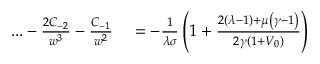
\begin{array} { r l } { . . . - \frac { 2 C _ { - 2 } } { w ^ { 3 } } - \frac { C _ { - 1 } } { w ^ { 2 } } } & { { } = - \frac { 1 } { \lambda \sigma } \left( 1 + \frac { 2 \left( \lambda - 1 \right) + \mu \left( \gamma - 1 \right) } { 2 \gamma \left( 1 + V _ { 0 } \right) } \right) } \end{array}